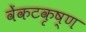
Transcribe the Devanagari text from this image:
वेंकटकृष्ण